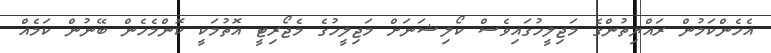
އެހެންކަމުން ރައްޔިތުންގެ މަޖިލީހުގައިވެސް ކޯލިޝަނަށް މަޖިލީހުގެ މެޖޯރިޓީ އޮތުމަކީ ކޮންމެެހެން ބޭނުން ކަމެއް